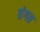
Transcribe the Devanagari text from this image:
वंगत